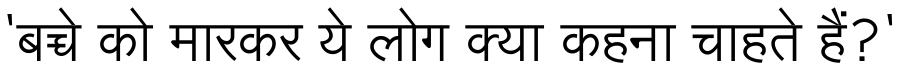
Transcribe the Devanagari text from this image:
'बच्चे को मारकर ये लोग क्या कहना चाहते हैं?'